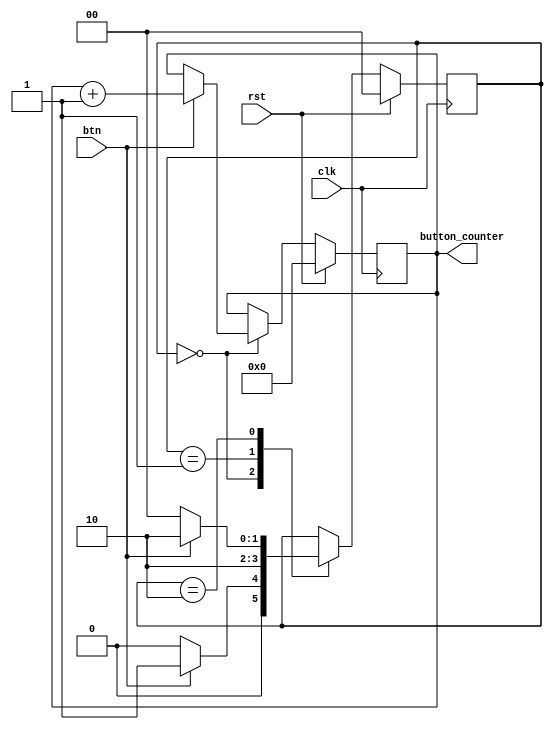
module button_counter
    (
        // ----------------------------------------------------------------
        // Inputs and output
        input                           clk             ,   // Clock
        input                           rst             ,   // Reset  		  
        input                           btn             ,   // Button

        output      [8      -1:0]       button_counter      // Counter 
                                                            // output   
    );


                                
    // --------------------------------------------------------------------
    // Registers
    reg         [2      -1:0]       state                                 ;
    reg         [8      -1:0]       counter_output     =  8'b 00000000    ;

    // --------------------------------------------------------------------
    // Assigment 
    assign  button_counter       =   counter_output                       ;


    // --------------------------------------------------------------------
    // Parameters for different states
    parameter   state_0     =   2'b     00      ;
    parameter   state_1     =   2'b     01      ;
    parameter   state_2     =   2'b     10      ;

      		  
    // --------------------------------------------------------------------
    // Procedural block         Procedural block         Procedural block 
    // --------------------------------------------------------------------

        always  @   (posedge clk)

            if (rst == 1) begin
                state               =   state_0            ;
                counter_output      =         0            ;    
            end
            else
                case (state)

                    state_0:
                        // If the button is pressed
                        if (btn  ==  1) begin
                            // go to state 1 and increase counter by one
                            state           =  state_1              ;
                            counter_output  =  counter_output + 1   ;
                        end else begin 
                            // Otherwise let the state remain the same                           
                            state    =  state_0         ;

                        end                  
                    state_1: begin
                            // On the next positive edge of the clock 
                            // go directly to state 2
                            state    =  state_2         ;
                    end
                    state_2:
                        // If the button is pressed
                        if (btn == 1)  begin
                            // let the state remain the same
                            state    =  state_2         ;
                        end  else  begin
                            // Otherwise go to state 0
                            state    =  state_0         ;
                        end
                endcase


endmodule